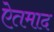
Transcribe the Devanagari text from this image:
ऐतमाद